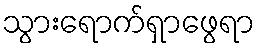
သွားရောက်ရှာဖွေရာ